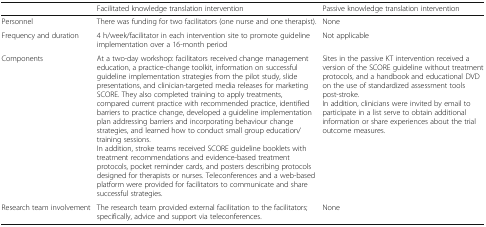
|  | Facilitated knowledge translation intervention | Passive knowledge translation intervention |
 | --- | --- | --- |
 | Personnel | There was funding for two facilitators (one nurse and one therapist). | None |
 | Frequency and duration | 4 h/week/facilitator in each intervention site to promote guideline implementation over a 16-month period | Not applicable |
 | Components | At a two-day workshop: facilitators received change management education, a practice-change toolkit, information on successful guideline implementation strategies from the pilot study, slide presentations, and clinician-targeted media releases for marketing SCORE. They also completed training to apply treatments, compared current practice with recommended practice, identified barriers to practice change, developed a guideline implementation plan addressing barriers and incorporating behaviour change strategies, and learned how to conduct small group education/training sessions.In addition, stroke teams received SCORE guideline booklets with treatment recommendations and evidence-based treatment protocols, pocket reminder cards, and posters describing protocols designed for therapists or nurses. Teleconferences and a web-based platform were provided for facilitators to communicate and share successful strategies. | Sites in the passive KT intervention received a version of the SCORE guideline without treatment protocols, and a handbook and educational DVD on the use of standardized assessment tools post-stroke.In addition, clinicians were invited by email to participate in a list serve to obtain additional information or share experiences about the trial outcome measures. |
 | Research team involvement | The research team provided external facilitation to the facilitators; specifically, advice and support via teleconferences. | None |